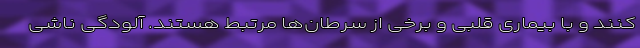
کنند و با بیماری قلبی و برخی از سرطان‌ها مرتبط هستند. آلودگی ناشی